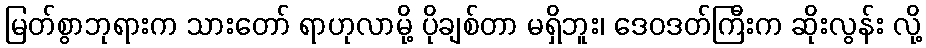
မြတ်စွာဘုရားက သားတော် ရာဟုလာမို့ ပိုချစ်တာ မရှိဘူး၊ ဒေဝဒတ်ကြီးက ဆိုးလွန်း လို့